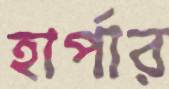
হার্পার